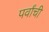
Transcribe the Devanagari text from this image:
पर्वांची